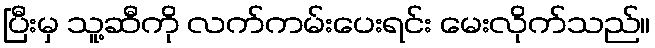
ပြီးမှ သူ့ဆီကို လက်ကမ်းပေးရင်း မေးလိုက်သည်။